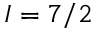
I = 7 / 2